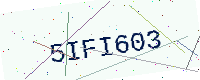
Text: 5IFI603